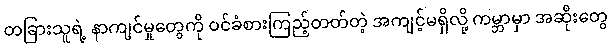
တခြားသူရဲ့ နာကျင်မှုတွေကို ဝင်ခံစားကြည့်တတ်တဲ့ အကျင့်မရှိလို့ ကမ္ဘာမှာ အဆိုးတွေ